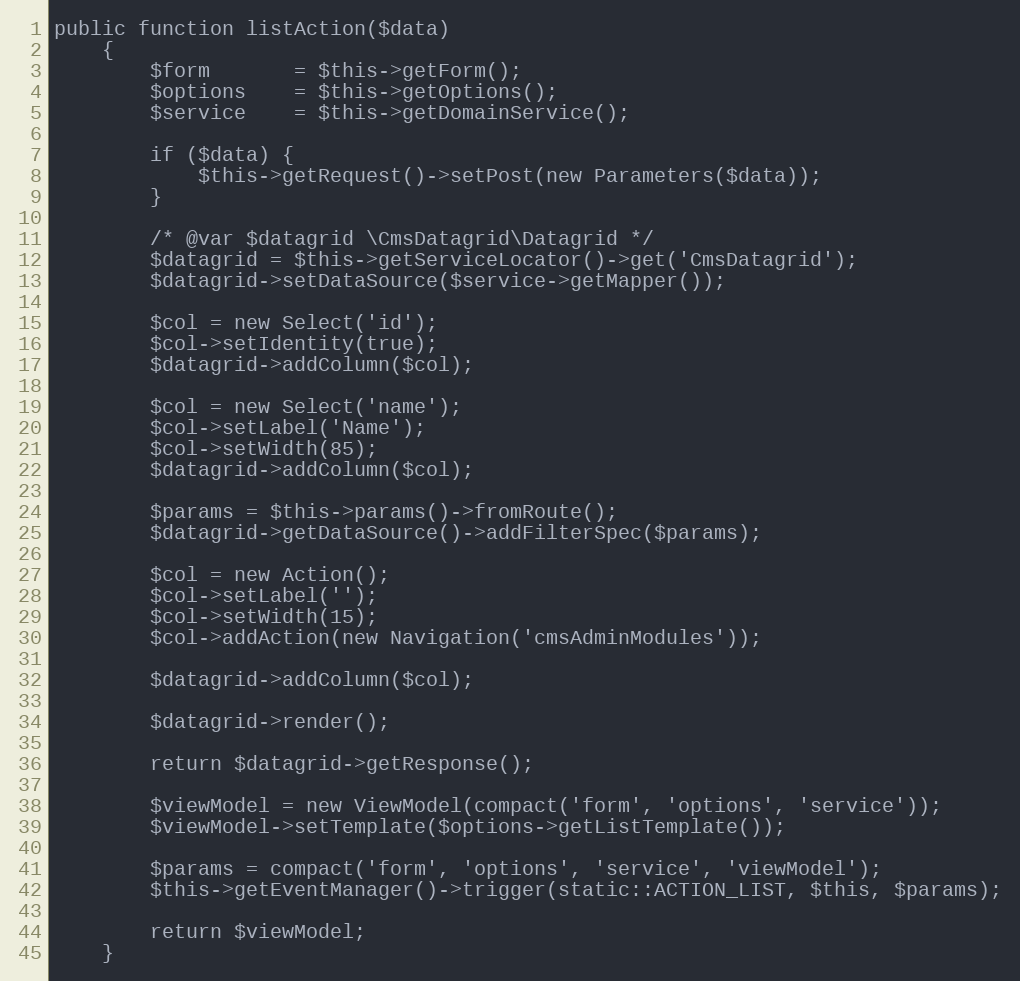
Language: PHP
public function listAction($data)
    {
        $form       = $this->getForm();
        $options    = $this->getOptions();
        $service    = $this->getDomainService();

        if ($data) {
            $this->getRequest()->setPost(new Parameters($data));
        }

        /* @var $datagrid \CmsDatagrid\Datagrid */
        $datagrid = $this->getServiceLocator()->get('CmsDatagrid');
        $datagrid->setDataSource($service->getMapper());

        $col = new Select('id');
        $col->setIdentity(true);
        $datagrid->addColumn($col);

        $col = new Select('name');
        $col->setLabel('Name');
        $col->setWidth(85);
        $datagrid->addColumn($col);

        $params = $this->params()->fromRoute();
        $datagrid->getDataSource()->addFilterSpec($params);

        $col = new Action();
        $col->setLabel('');
        $col->setWidth(15);
        $col->addAction(new Navigation('cmsAdminModules'));

        $datagrid->addColumn($col);

        $datagrid->render();

        return $datagrid->getResponse();

        $viewModel = new ViewModel(compact('form', 'options', 'service'));
        $viewModel->setTemplate($options->getListTemplate());

        $params = compact('form', 'options', 'service', 'viewModel');
        $this->getEventManager()->trigger(static::ACTION_LIST, $this, $params);

        return $viewModel;
    }